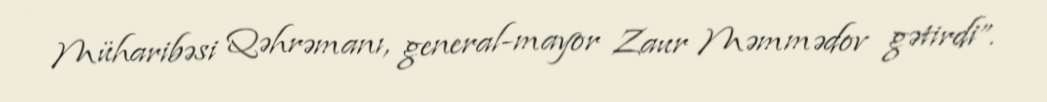
Müharibəsi Qəhrəmanı, general-mayor Zaur Məmmədov gətirdi”.